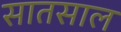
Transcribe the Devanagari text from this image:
सातसाल